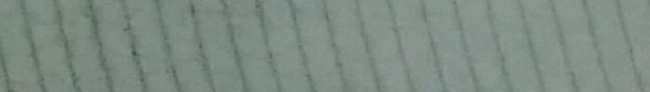
TRY OUR PIZZA